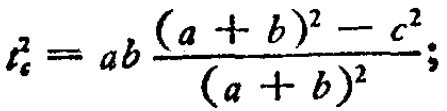
\(t_{c}^{2}=ab\frac{(a + b)^{2}-c^{2}}{(a + b)^{2}};\)